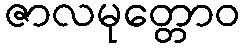
ဇာလမုတ္တောဝ